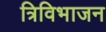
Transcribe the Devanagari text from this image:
त्रिविभाजन